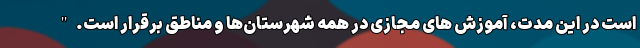
است در این مدت، آموزش های مجازی در همه شهرستان‌ها و مناطق برقرار است."